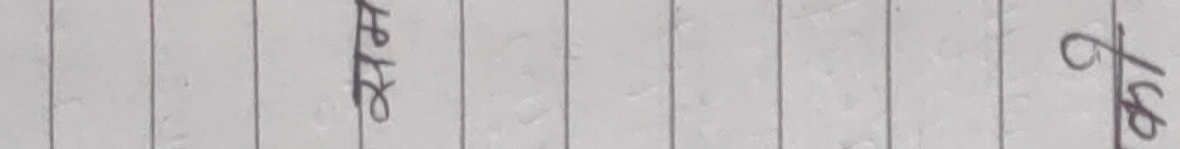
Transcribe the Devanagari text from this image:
५४९